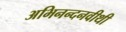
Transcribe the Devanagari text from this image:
अभिनन्दनवीथी